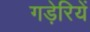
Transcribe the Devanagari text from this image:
गड़ेरियें